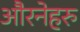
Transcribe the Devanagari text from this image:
औरनेहरु